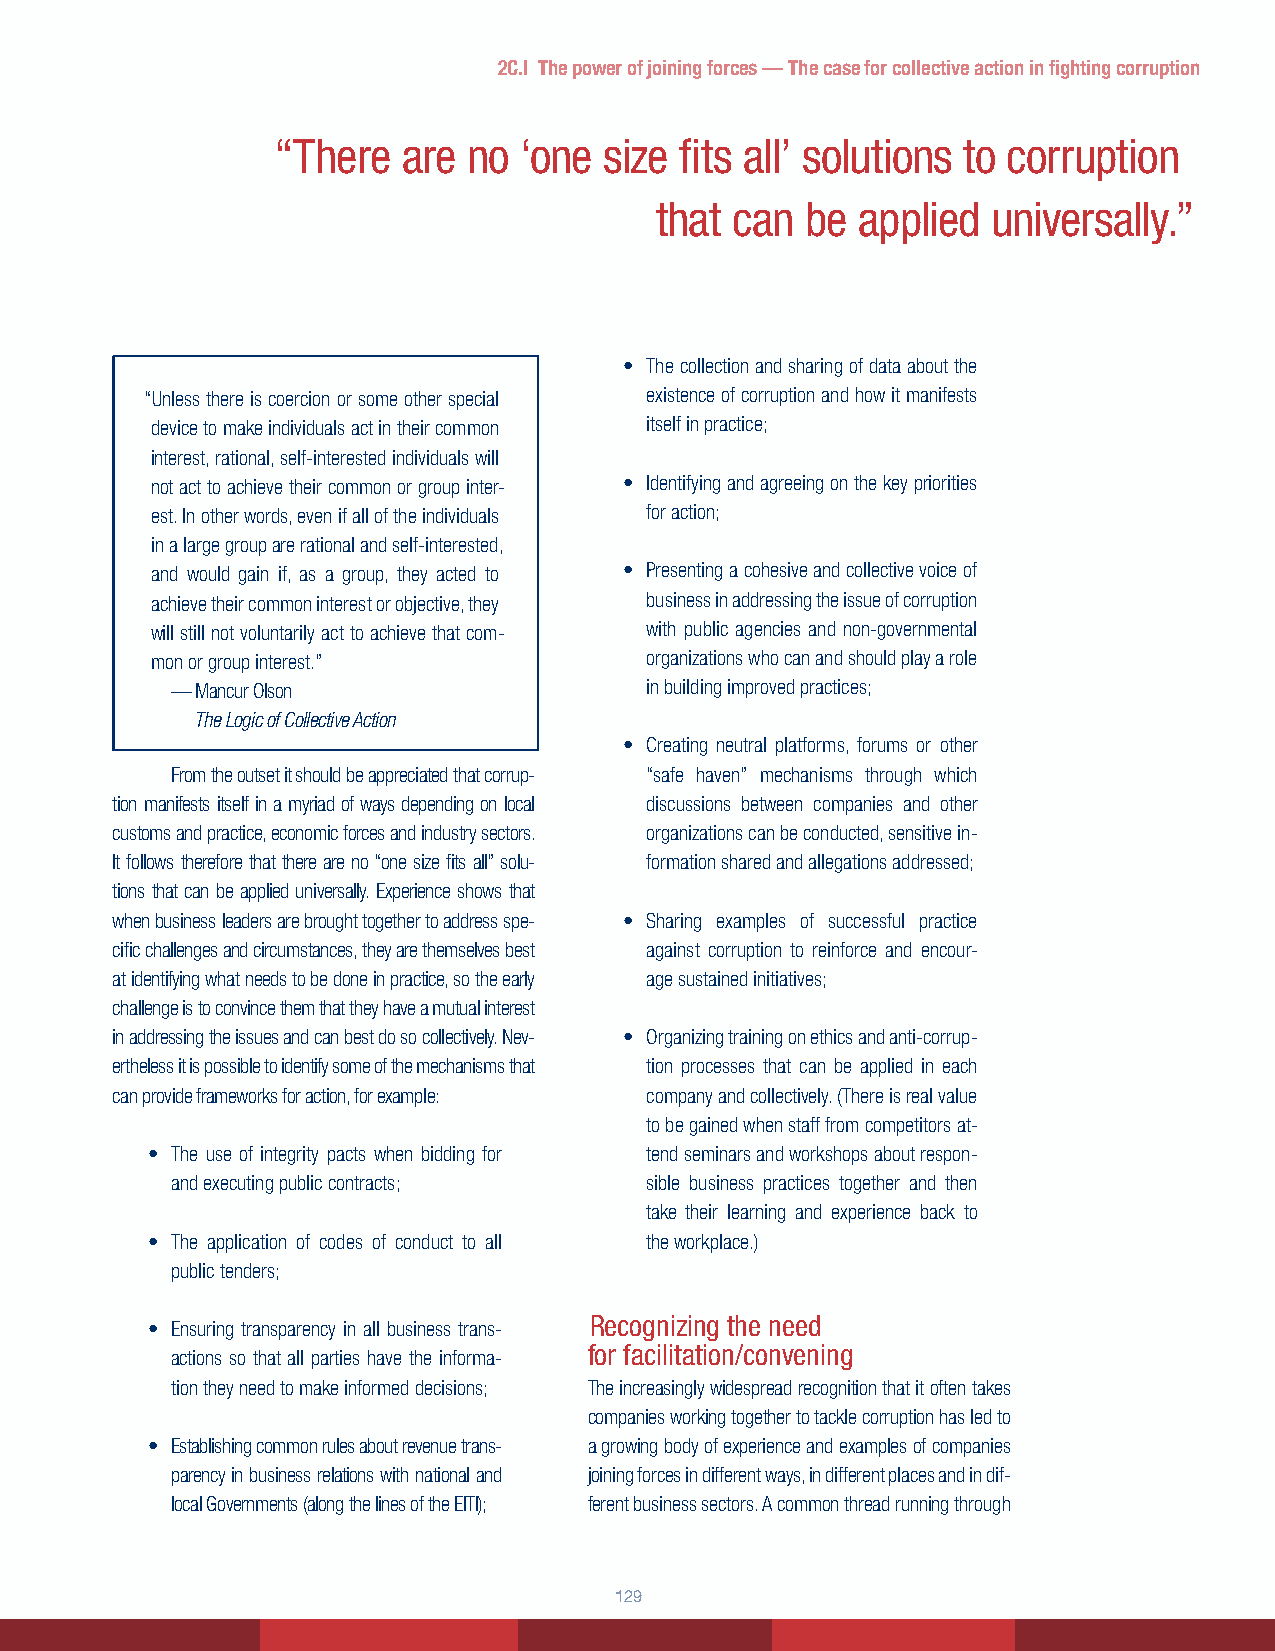
2C.I The power of joining forces — The case for collective action in fighting corruption
 “There   are no ‘one  size fits all’ solutions to corruption
 that can  be  applied  universally.”
 2C.I The power of joining forces –
 The case for collective action in
 • The collection and sharing of data about the
 “Unless there is coercion or some other special existence of corruption and how it manifests
 fighting corruption device to make individuals act in their common itself in practice;
 interest, rational, self-interested individuals will
 not act to achieve their common or group inter- • Identifying and agreeing on the key priorities
 est. In other words, even if all of the individuals for action;
 Peter Brew and Jonas Moberg* | International Business Leaders Forum (IBLF)
 in a large group are rational and self-interested,
 and would gain if, as a group, they acted to • Presenting a cohesive and collective voice of
 achieve their common interest or objective, they business in addressing the issue of corruption
 will still not voluntarily act to achieve that com- with public agencies and non-governmental
 mon or group interest.”          organizations who can and should play a role
 — Mancur Olson                  in building improved practices;
 The Logic of Collective Action
 • Creating neutral platforms, forums or other
 From the outset it should be appreciated that corrup- “safe haven” mechanisms through which
 tion manifests itself in a myriad of ways depending on local discussions between companies and other
 customs and practice, economic forces and industry sectors. organizations can be conducted, sensitive in-
 It follows therefore that there are no “one size fits all” solu- formation shared and allegations addressed;
 tions that can be applied universally. Experience shows that
 when business leaders are brought together to address spe- • Sharing examples of successful practice
 cific challenges and circumstances, they are themselves best against corruption to reinforce and encour-
 at identifying what needs to be done in practice, so the early age sustained initiatives;
 challenge is to convince them that they have a mutual interest
 in addressing the issues and can best do so collectively. Nev- • Organizing training on ethics and anti-corrup-
 ertheless it is possible to identify some of the mechanisms that tion processes that can be applied in each
 can provide frameworks for action, for example: company and collectively. (There is real value
 to be gained when staff from competitors at-
 • The use of integrity pacts when bidding for tend seminars and workshops about respon-
 and executing public contracts; sible business practices together and then
 take their learning and experience back to
 • The application of codes of conduct to all the workplace.)
 public tenders;
 Recognizing the need
 • Ensuring transparency in all business trans-
 for facilitation/convening
 actions so that all parties have the informa-
 tion they need to make informed decisions; The increasingly widespread recognition that it often takes
 companies working together to tackle corruption has led to
 • Establishing common rules about revenue trans- a growing body of experience and examples of companies
 parency in business relations with national and joining forces in different ways, in different places and in dif-
 local Governments (along the lines of the EITI); ferent business sectors. A common thread running through
 12